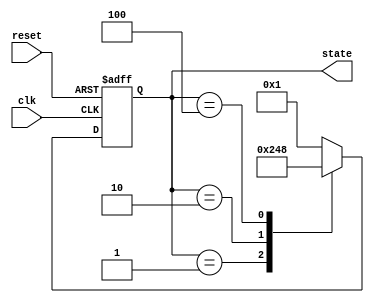
module ring_counter (
    input wire clk,        // Clock input
    input wire reset,      // Reset input
    output reg [3:0] state // 4-bit output representing the current state
);

// State encoding
localparam S0 = 4'b0001; // State 0
localparam S1 = 4'b0010; // State 1
localparam S2 = 4'b0100; // State 2
localparam S3 = 4'b1000; // State 3

// Sequential logic for state transitions
always @(posedge clk or posedge reset) begin
    if (reset) begin
        state <= S0; // Initialize to State 0 on reset
    end else begin
        case (state)
            S0: state <= S1; // Transition from State 0 to State 1
            S1: state <= S2; // Transition from State 1 to State 2
            S2: state <= S3; // Transition from State 2 to State 3
            S3: state <= S0; // Transition from State 3 back to State 0
            default: state <= S0; // Default case to avoid latches
        endcase
    end
end

endmodule